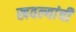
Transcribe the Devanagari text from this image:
खवल्यांची